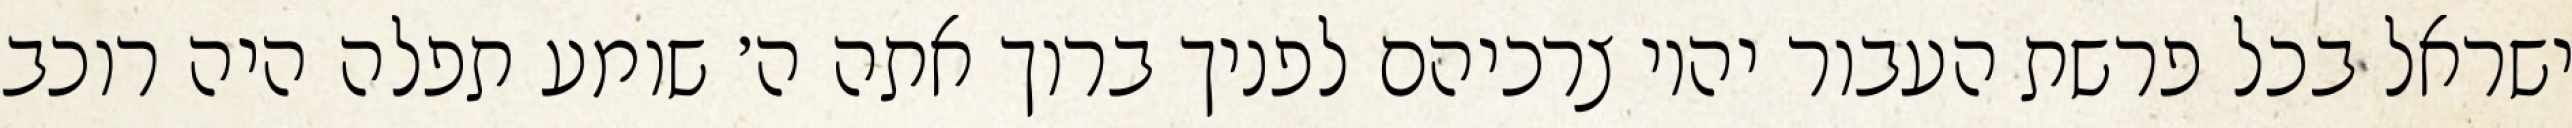
ישראל בכל פרשת העבור יהיו צרכיהם לפניך ברוך אתה ה׳ שומע תפלה היה רוכב